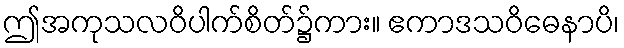
ဤအကုသလဝိပါက်စိတ်၌ကား။ ဧကာဒသဝိဓေနာပိ၊